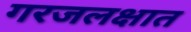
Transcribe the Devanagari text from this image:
गरजलक्षात